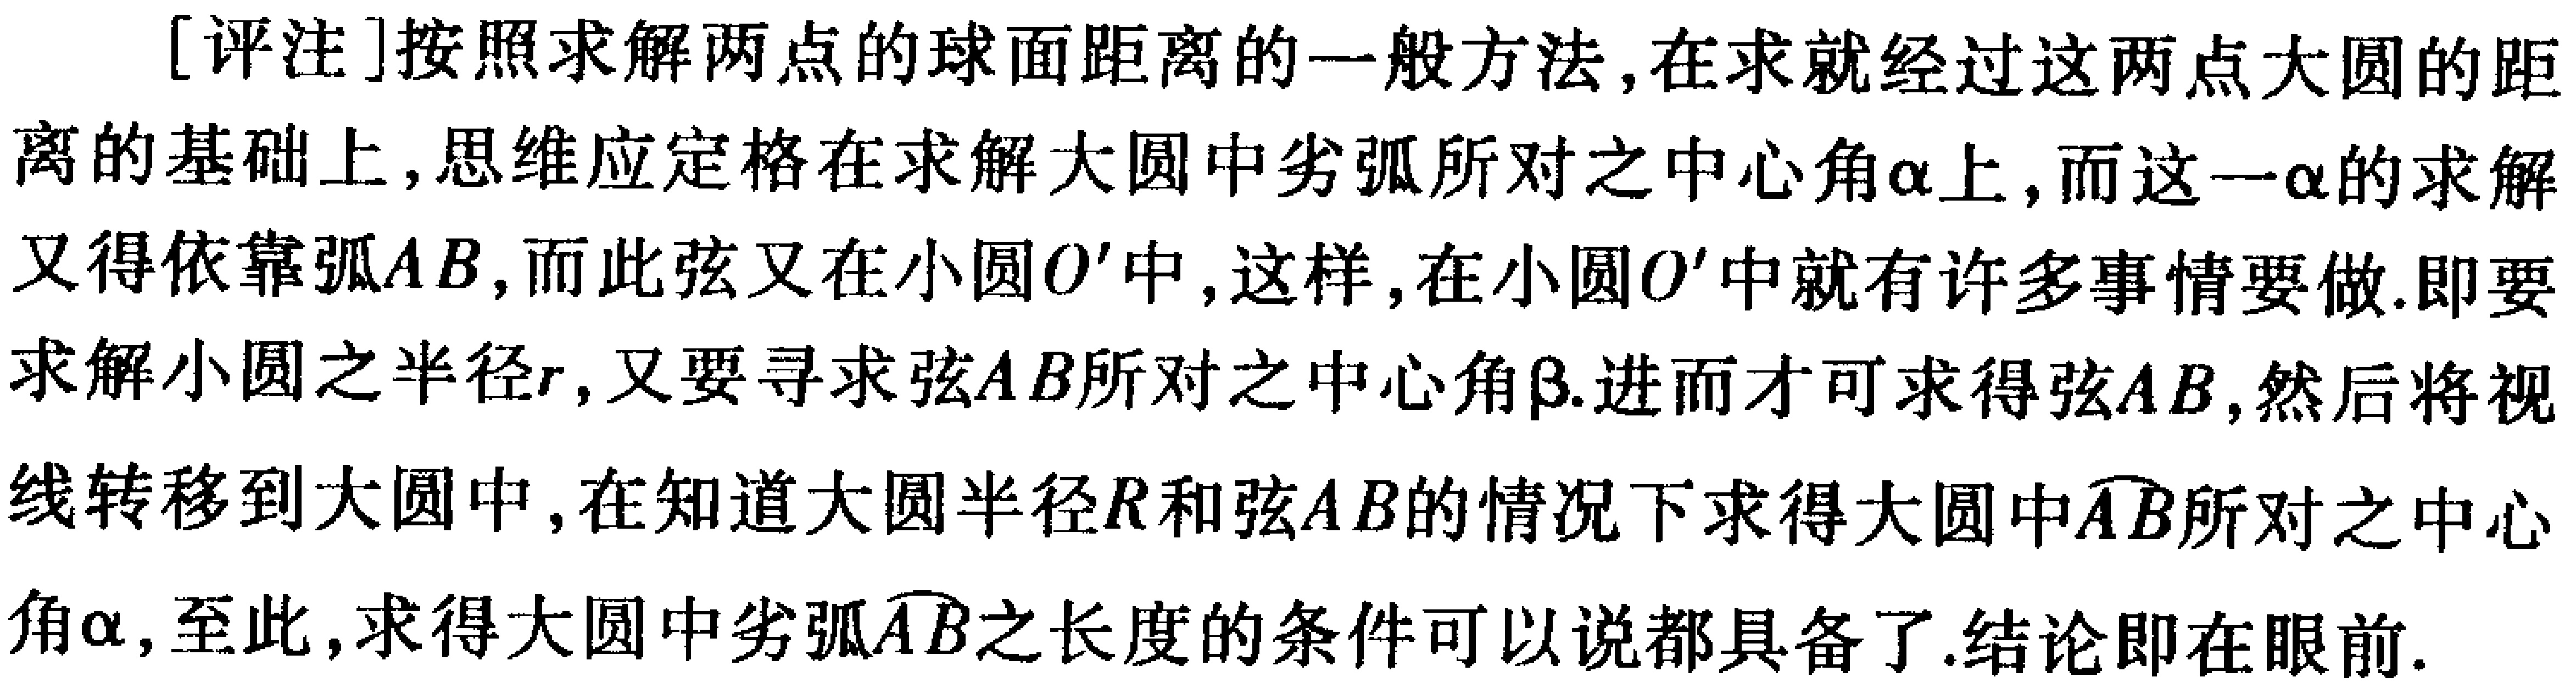
[评注]按照求解两点的球面距离的一般方法,在求就经过这两点大圆的距离的基础上,思维应定格在求解大圆中劣弧所对之中心角\(\alpha\)上,而这一\(\alpha\)的求解又得依靠弧\(AB\),而此弦又在小圆\(O'\)中,这样,在小圆\(O'\)中就有许多事情要做.即要求解小圆之半径\(r\),又要寻求弦\(AB\)所对之中心角\(\beta\).进而才可求得弦\(AB\),然后将视线转移到大圆中,在知道大圆半径\(R\)和弦\(AB\)的情况下求得大圆中\(\overset{\frown}{AB}\)所对之中心角\(\alpha\),至此,求得大圆中劣弧\(\overset{\frown}{AB}\)之长度的条件可以说都具备了.结论即在眼前.